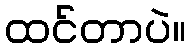
ထင်တာပဲ။